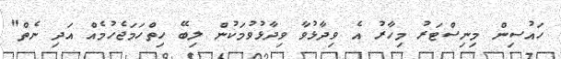
ހައުސިން މިނިސްޓަރު މިހާރު އެ ވިދާޅުވާ ވިދާޅުވުމަކުން ލިބޭ ހިތްހަމަޖެހުމެއް އަދި ނެތް"